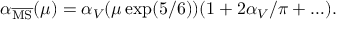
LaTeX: \alpha _ { \overline { { { \mathrm { M S } } } } } ( \mu ) = \alpha _ { V } ( \mu \exp ( 5 / 6 ) ) ( 1 + 2 \alpha _ { V } / \pi + \ldots ) .